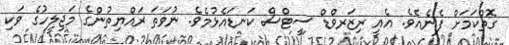
ގޮތްކަމަށް ފެނެއެވެ. އެއީ ރިޒަރވްޑް ސީޓްސް ކަނޑައެޅުމެވެ. ނުވަތަ ރައްޔިތުންގެ މަޖިލީހުގެ ވަކި